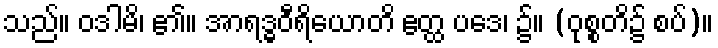
သည်။ ဝဒါမိ၊ ၏။ အာရဒ္ဓဝီရိယောတိ ဧတ္ထ ပဒေ၊ ၌။ (ဝုစ္စတိ၌ စပ်)။